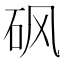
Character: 砜